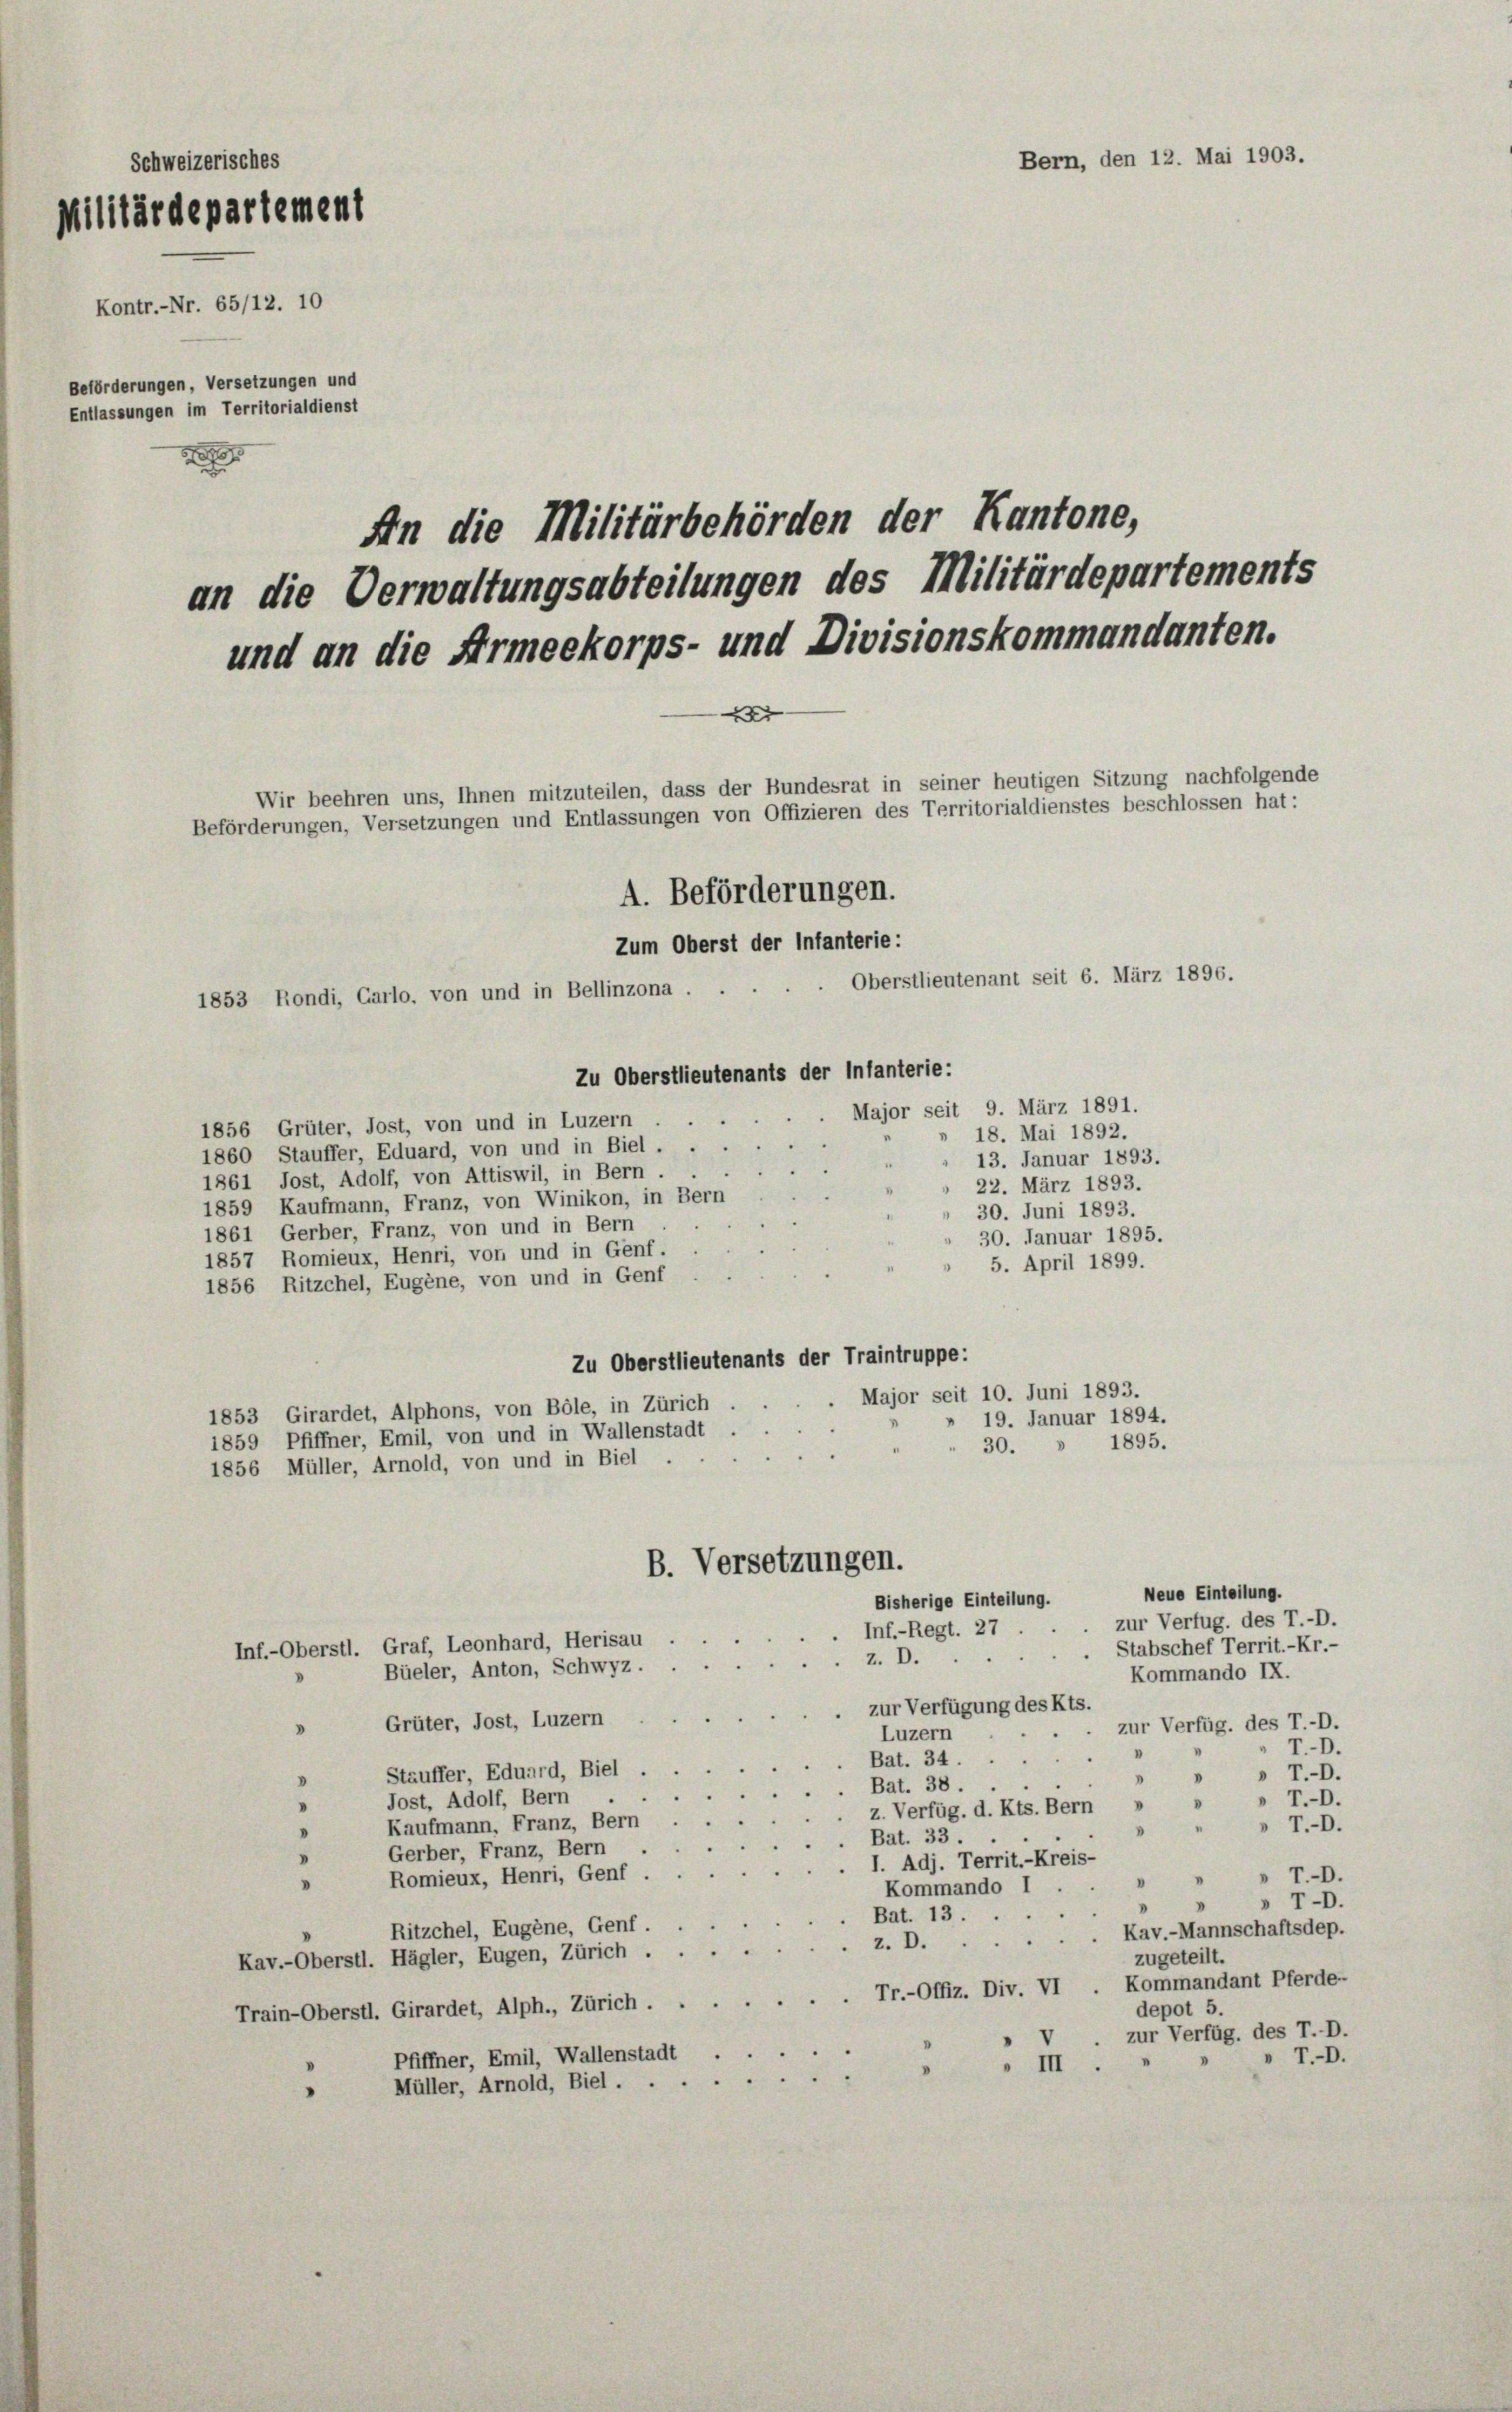
Bern, den 12. Mai 1903.
Schweizerisches
Militärdepartement
Kontr.-Nr. 65/12. 10
Beförderungen, Versetzungen und
Entlassungen im Territorialdienst
1
An die Militärbehörden der Kantone,
an die Verwaltungsabteilungen des Militärdepartements
und an die Armeekorps- und Divisionskommandanten.
x

Beförderungen, Versetzungen und Entlassungen von Offizieren des Territorialdienstes beschlossen hat:

Major seit 9. März 1891.
1856 Grüter, Jost, von und in Luzern
» 18. Mai 1892.
1860 Stauffer, Eduard, von und in Biel
13. Januar 1893.
1861 Jost, Adolf, von Attiswil, in Bern.
22. März 1893.
1859 Kaufmann, Franz, von Winikon, in Bern
30. Juni 1893.
1861 Gerber, Franz, von und in Bern
30. Januar 1895.
1857 Romieux, Henri, von und in Genf.
5. April 1899.
1856 Ritzchel, Eugene, von und in Genf
Zu Oberstlieutenants der Traintruppe:
Major seit 10. Juni 1893.
1853 Girardet, Alphons, von Bole, in Zürich
19. Januar 1894.
1859 Pfiffner, Emil, von und in Wallenstadt
1895.
30.
1856 Müller, Arnold, von und in Biel
B. Versetzungen.
Neue Einteilung.
Bisherige Einteilung.
zur Verfug. des T.-D.
Inf.-Regt. 27
Inf.-Oberstl. Graf, Leonhard, Herisau
Stabschef Territ.-Kr.-
z. D.
Büeler, Anton, Schwyz.
Kommando IX.
zur Verfügung des Kts.
Grüter, Jost, Luzern
zur Verfüg, des T.-D.
Luzern
T. D.
Bat. 34.

Stäuffer, Eduard, Biel
r.-O.
"
Bat. 38.
Jost, Adolf, Bern
 T.-O.
"
z. Verfüg, d. Kts. Bern »
Kaufmann, Franz, Bern
 T.-
Bat. 33.
Gerber, Franz, Bern
. I. Adj. Territ.-Kreis-
» r.-O.
Romieux, Henri, Genf
"
Kommando
» T.D.
.
Bat. 13.
Ritzchel, Eugene, Genf.
Kav.-Mannschaftsdep.
z. D.
Kav.-Oberstl. Hägler, Eugen, Zürich ...
zugeteilt.
Kommandant Pferde-
Tr.-Offiz. Div. VI
depot 5.
Train-Oberstl. Girardet, Alph., Zürich . .
zur Verfüg, des T. D.
.
T.D.
Pfiffner, Emil, Wallenstadt
" III
52
Müller, Arnold, Biel.
"

Wir beehren uns, Ihnen mitzuteilen, dass der Bundesrat in seiner heutigen Sitzung nachfolgende

A. Beförderungen.
Zum Oberst der Infanterie:
Oberstlieutenant seit 6. März 1896.
1853 Rondi, Carlo, von und in Bellinzona.
Zu Oberstlieutenants der Infanterie:

.